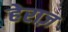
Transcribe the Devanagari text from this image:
हेराज़